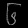
Digit: ၆